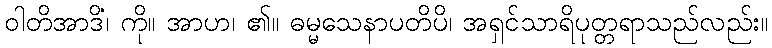
ဝါတိအာဒိံ၊ ကို။ အာဟ၊ ၏။ ဓမ္မသေနာပတိပိ၊ အရှင်သာရိပုတ္တရာသည်လည်း။